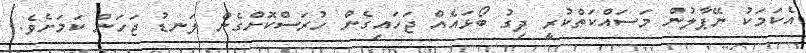
އެކަމަކު ނޭޕާލުން މަސައްކަތްކުރީ ދިގު ބޯޅައެއް ޖަހައިގެން ހުރަސްކޮށްގެން ލަނޑު ޖަހަން ކަމަށެވެ.